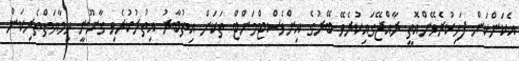
އެކަންކަން ފަހިކުރެވޭންއޮތީ ރާއްޖޭގައިކުރެވޭ ބޭރުގެ އިންވެސްޓްމަންޓް ތަކަށް އިތުބާރު އިތުރުކުރެވި ގާނޫނީ ހިމާޔަތްތެރިކަން